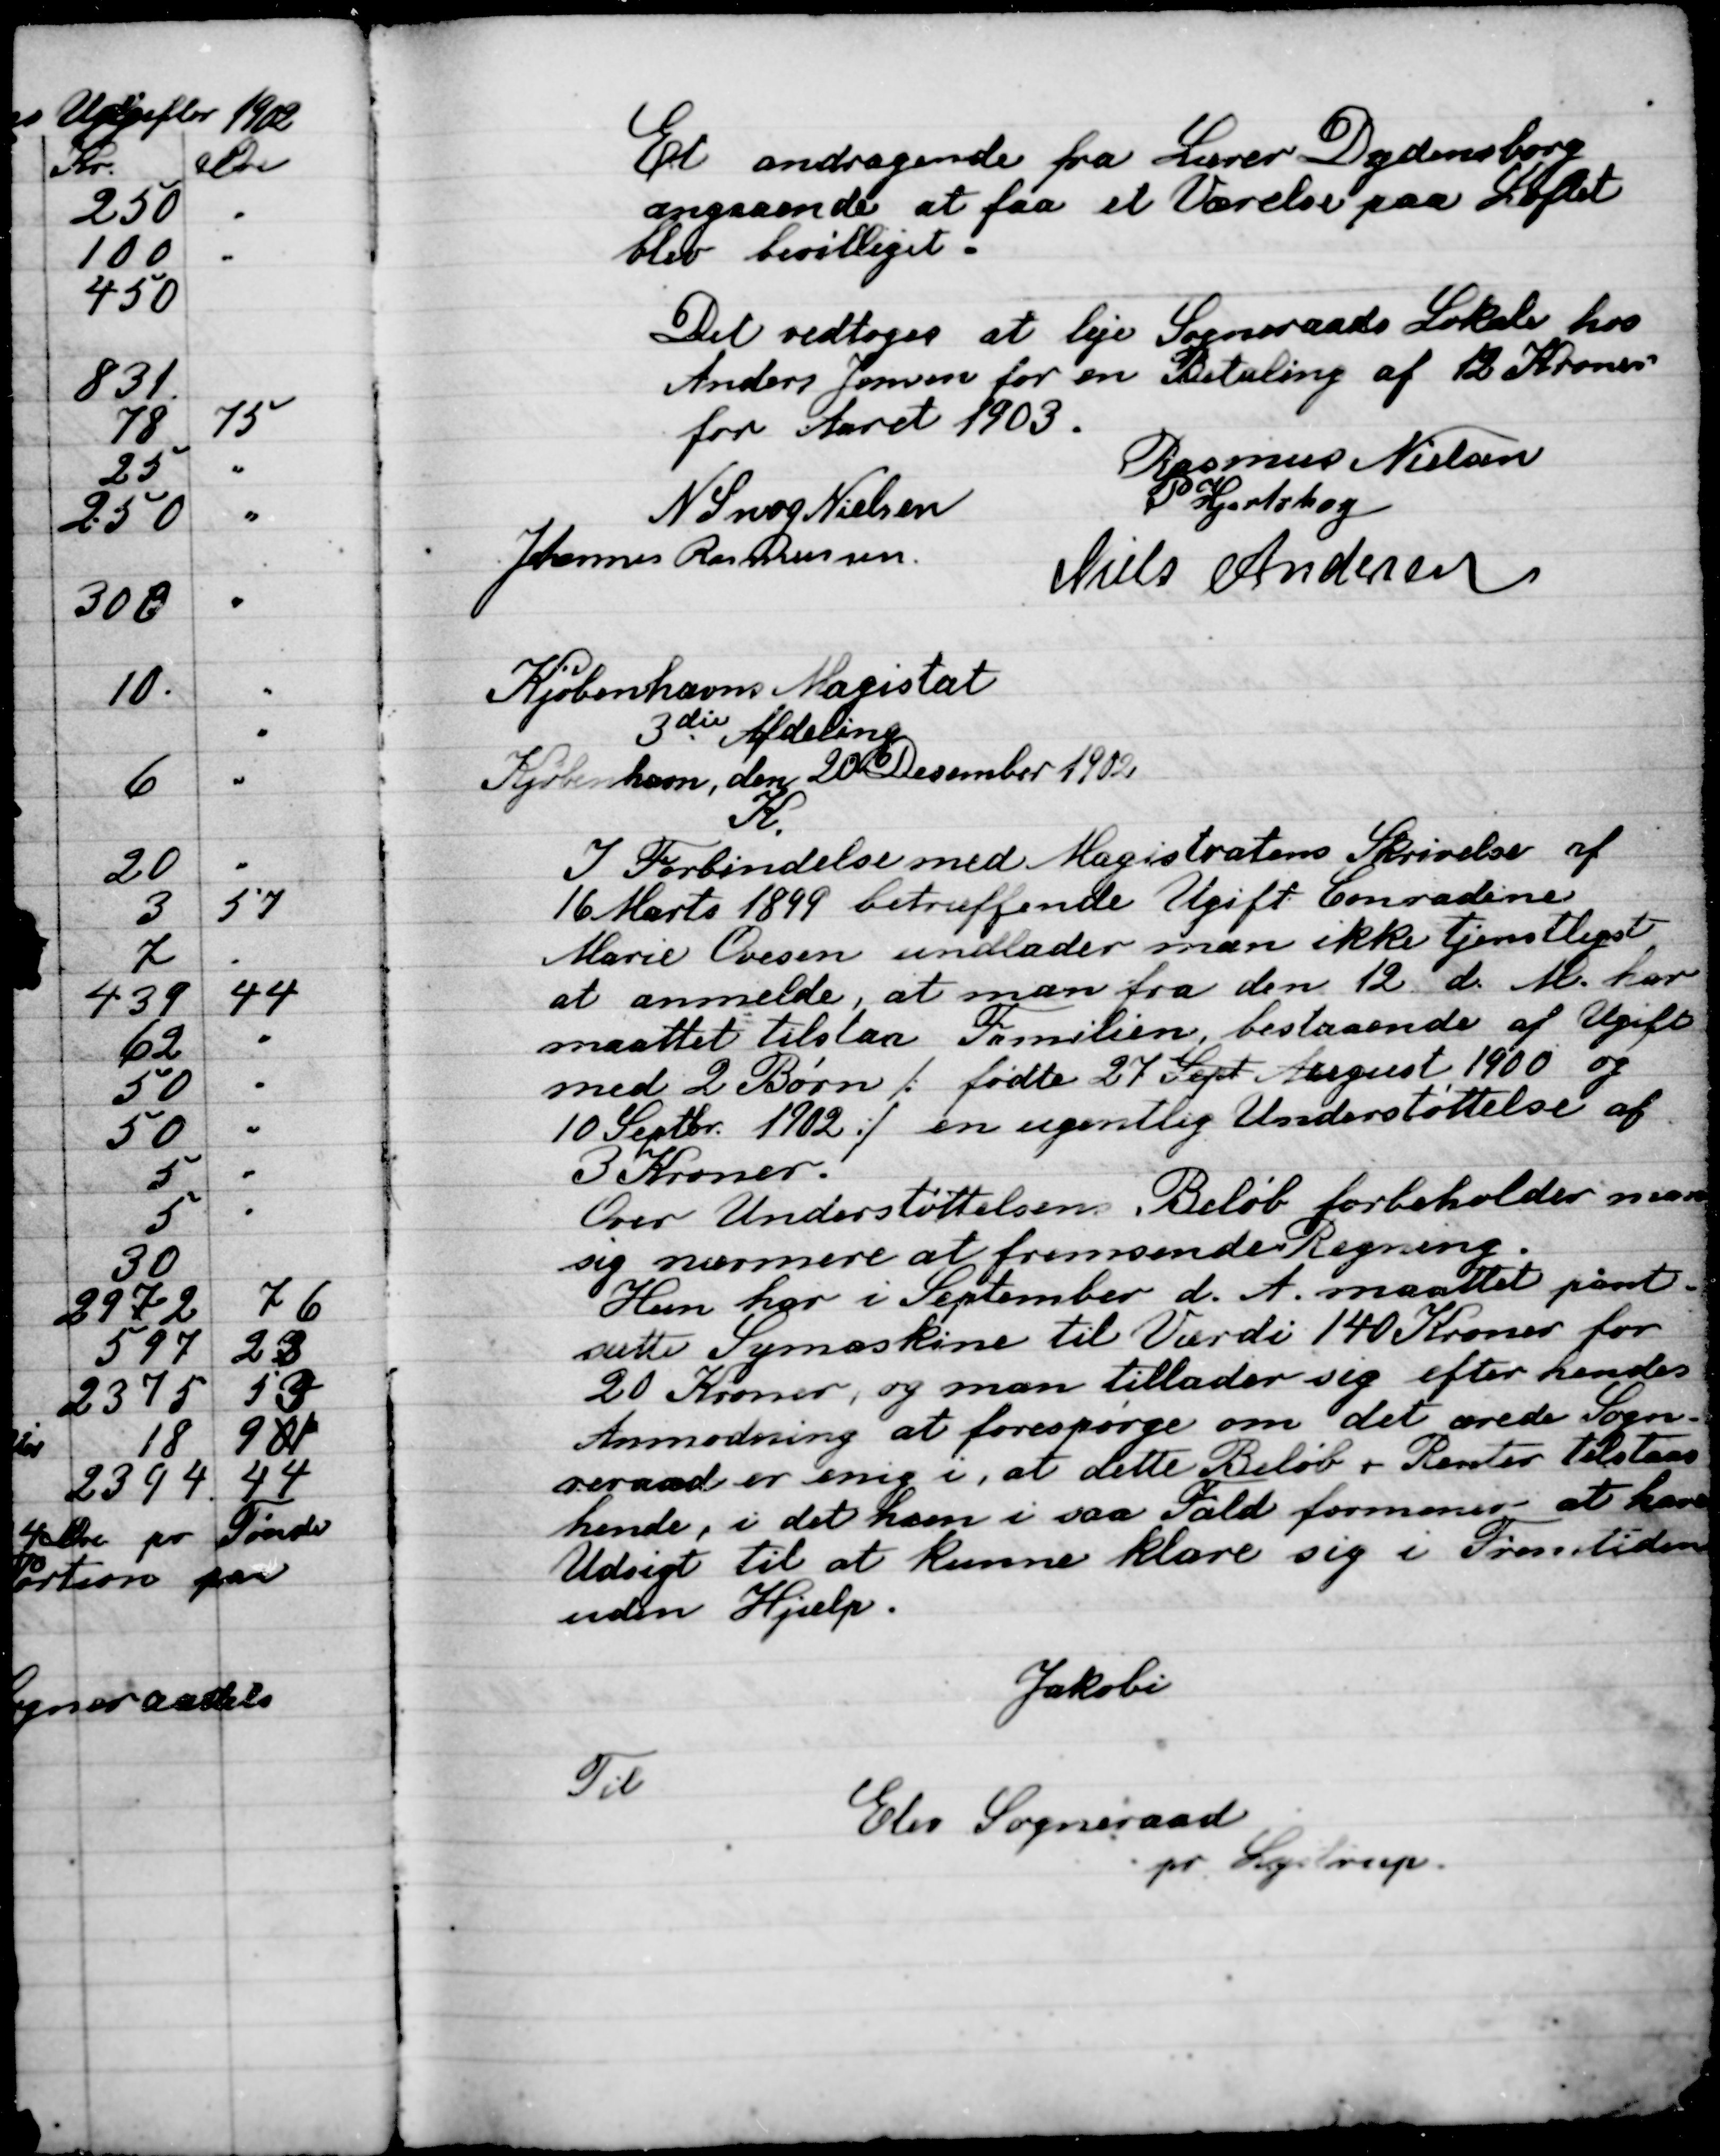
Transskription:
Et Andragende fra Lærer Dydensborg
Angaaende at faa et værelse paa Loftet
blev bevilget.

Det vedtoges at leje Sogneraades Lokale hos
Anders Jensen for en Betaling af 12 Kroner
for Aaret 1903

Rasmus Nielsen
N. Snog Nielsen
P. Hjortshøj
Johannes Rasmussen
Niels Andersen

Kjøbenhaavns Magistrat
3die Afdeling
Kjøbenhavn den 20 December 1902
K.
I Forbindelse med Magistratens Skrivelse af
16 Marts 1899 betruffende Ugift Conradine
Marie Ovesen undlader man ikke tjenstlig
at anmelde at man fra den 12 d. A. har
maattet tilstå Familien bestående af Ugift
med 2 Børn; fødte 27 Sept August 1900 og
10 Septbr. 1902; en ugentlig Understøttelse af
3 Kroner.
Over Understøttelsen. Beløb forbeholder man
sig nærmere at fremsende Regning.
Hun har i September d. A. maatet pant-
sætte Symaskine til Værdi 140 Kroner for
20 Kroner, og man tillader sig efter hendes
Anmodning at forespørge om det ærede Sogne-
Raad er enig i, at dette Beløb, renter tilstaas
hende, i det ham i saa Fald formener at have
Udsigt til at kunne klare sig i Fremtiden
uden Hjælp.
Jakobi
Til
Elev Sogneraad
pr. Lystrup